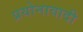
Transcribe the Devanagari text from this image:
प्रयोनावादी